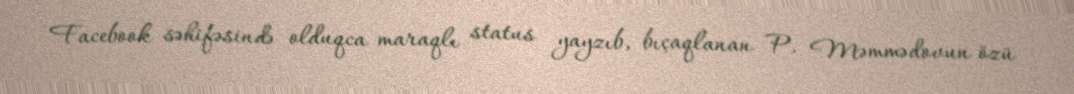
Facebook səhifəsində olduqca maraqlı status yayzıb, bıçaqlanan P. Məmmədovun özü